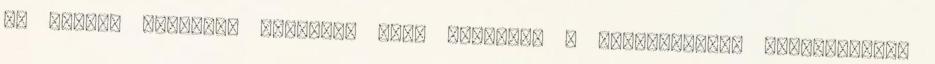
az üreget szélesen feltáró, nagy műtéttel a nyálkahártya maradéktalan